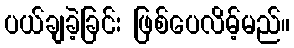
ပယ်ချခဲ့ခြင်း ဖြစ်ပေလိမ့်မည်။